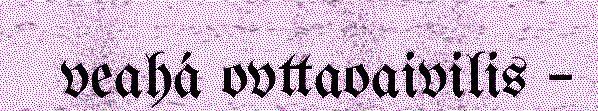
veahá ovttaoaivilis –